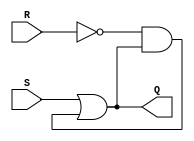
// Latch SR:
module latchsr (Q, S, R);

  // inputs:
  input wire S, R;

  output wire Q;
  assign Q = S | (!R & Q);

endmodule